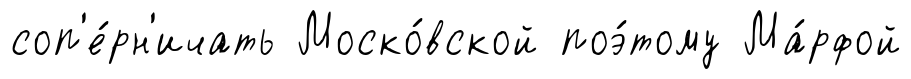
соп'е́рн'ичать Моско́вской поэ́тому Ма́рфой